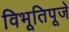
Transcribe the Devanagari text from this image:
विभूतिपूजे